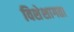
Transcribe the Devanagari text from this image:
विशेशागता